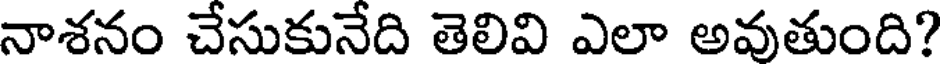
నాశనం చేసుకునేది తెలివి ఎలా అవుతుంది?